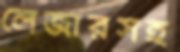
লেজারসহ